Scottish Leaving Certificate Examination, 1957
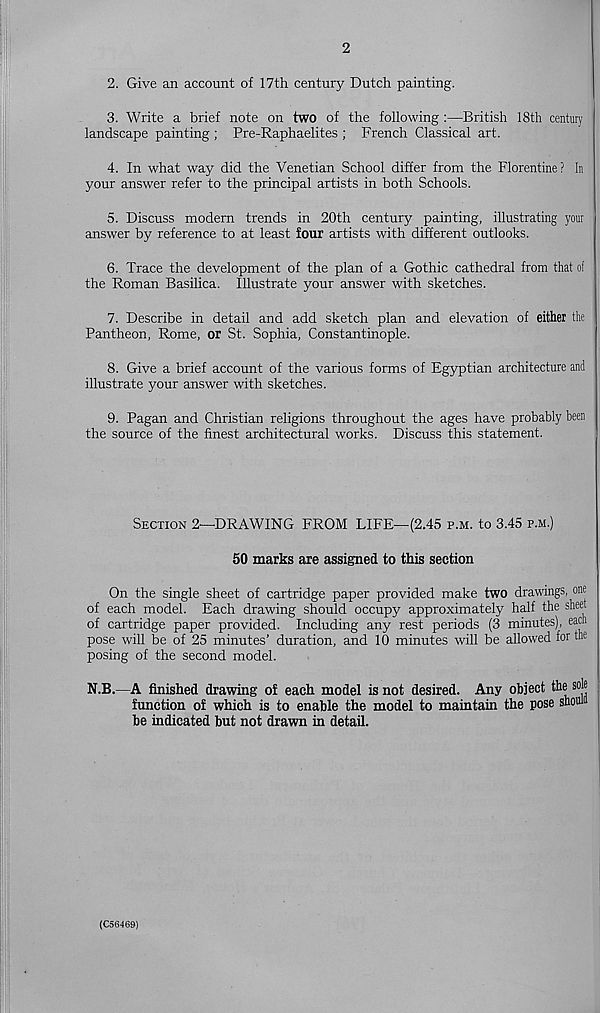
2
2. Give an account of 17th century Dutch painting.
3. Write a brief note on two of the following :—British 18th century
landscape painting ; Pre-Raphaelites ; French Classical art.
4. In what way did the Venetian School differ from the Florentine? In
your answer refer to the principal artists in both Schools.
5. Discuss modem trends in 20th century painting, illustrating your
answer by reference to at least four artists with different outlooks.
6. Trace the development of the plan of a Gothic cathedral from that of
the Roman Basilica. Illustrate your answer with sketches.
7. Describe in detail and add sketch plan and elevation of either the
Pantheon, Rome, or St. Sophia, Constantinople.
8. Give a brief account of the various forms of Egyptian architecture and
illustrate your answer with sketches.
9. Pagan and Christian religions throughout the ages have probably been
the source of the finest architectural works. Discuss this statement.
Section 2—DRAWING FROM LIFE—(2.45 p.m. to 3.45 p.m.)
50 marks are assigned to this section
On the single sheet of cartridge paper provided make two drawings, one
of each model. Each drawing should occupy approximately half the sheet
of cartridge paper provided. Including any rest periods (3 minutes), each
pose will be of 25 minutes’ duration, and 10 minutes will be allowed for the
posing of the second model.
N.B.—A finished drawing of each model is not desired. Any object the sole
function of which is to enable the model to maintain the pose shouia
be indicated but not drawn in detail.
(C56469)